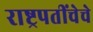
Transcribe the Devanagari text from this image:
राष्ट्रपतींचेचे